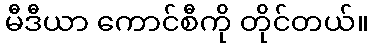
မီဒီယာ ကောင်စီကို တိုင်တယ်။